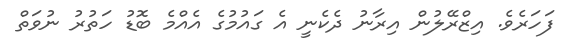
ފަހަރެވެ. އިޒްރޭލުން އިރާނު ދެކެނީ އެ ގައުމުގެ އެއްމެ ބޮޑު ހަތުރު ނުވަތް